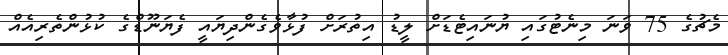
މެޗުގެ 75 ވަނަ މިނެޓުގައި ޔުނައިޓެޑަށް ލީޑު އިތުރަށް ފުޅާވެގެންދިޔައީ ފެޔަނޫޑްގެ ކުޅުންތެރިއެއް